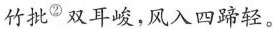
竹批^{②}双耳峻，风入四蹄轻。